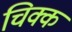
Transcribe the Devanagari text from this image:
चिक्क